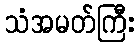
သံအမတ်ကြီး